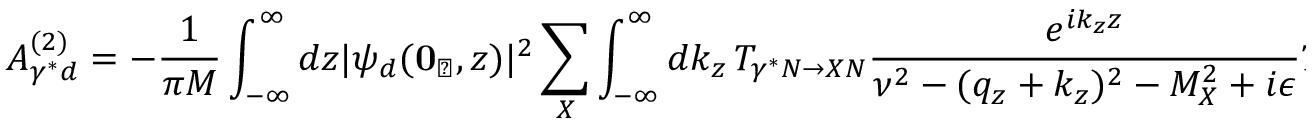
{ \cal A } _ { \gamma ^ { * } d } ^ { ( 2 ) } = - \frac { 1 } { \pi M } \int _ { - \infty } ^ { \infty } d z | \psi _ { d } ( { \bf 0 } _ { \perp } , z ) | ^ { 2 } \sum _ { X } \int _ { - \infty } ^ { \infty } d k _ { z } \, T _ { \gamma ^ { * } N \rightarrow X N } \frac { e ^ { i k _ { z } z } } { \nu ^ { 2 } - ( q _ { z } + k _ { z } ) ^ { 2 } - M _ { X } ^ { 2 } + i \epsilon } T _ { X N \rightarrow \gamma ^ { * } N } .